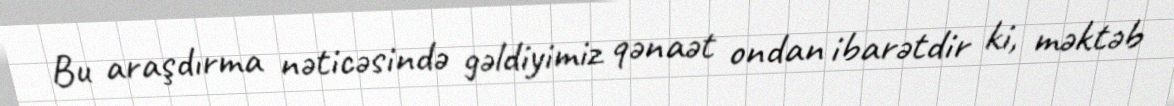
Bu araşdırma nəticəsində gəldiyimiz qənaət ondan ibarətdir ki, məktəb